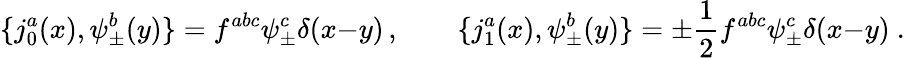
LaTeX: \{ j_{0}^{a}(x),\psi_{\pm}^{b}(y)\} =f^{abc}\psi_{\pm}^{c}\delta(x{-}y)\, ,\qquad\{ j_{1}^{a}(x),\psi_{\pm}^{b}(y)\} =\pm{\frac{1}{2}}f^{abc}\psi_{\pm}^{c}\delta(x{-}y)\ .